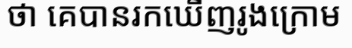
ថា គេបានរកឃើញរូងក្រោម